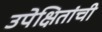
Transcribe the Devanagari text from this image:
उपेक्षितांची